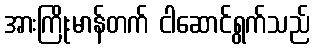
အားကြိုးမာန်တက် ငါဆောင်ရွက်သည်